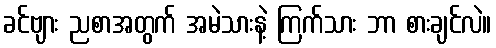
ခင်ဗျား ညစာအတွက် အမဲသားနဲ့ ကြက်သား ဘာ စားချင်လဲ။